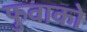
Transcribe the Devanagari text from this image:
फुवाको